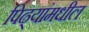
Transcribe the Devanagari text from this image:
पिढ्यांमधील